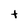
Character: t